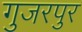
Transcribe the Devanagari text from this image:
गुजरपुर